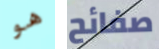
هو صفائح